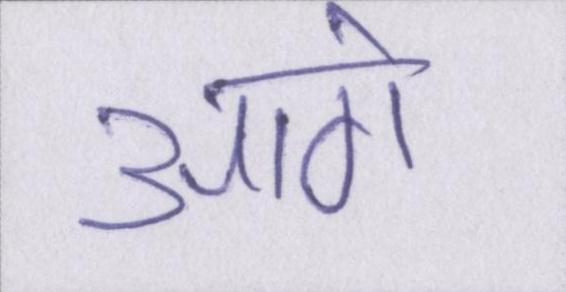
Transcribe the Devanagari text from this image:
आगे